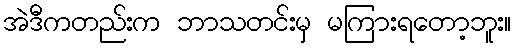
အဲဒီကတည်းက ဘာသတင်းမှ မကြားရတော့ဘူး။